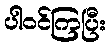
ပါဝင်ကြပြီး